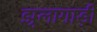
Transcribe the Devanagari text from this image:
झूलागाड़ी